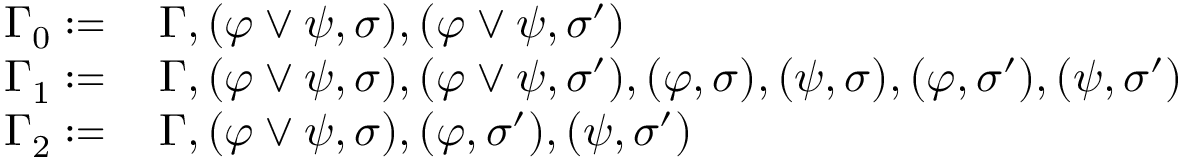
\begin{array} { r l } { \Gamma _ { 0 } \coloneq \, } & { \Gamma , ( \varphi \vee \psi , \sigma ) , ( \varphi \vee \psi , \sigma ^ { \prime } ) } \\ { \Gamma _ { 1 } \coloneq \, } & { \Gamma , ( \varphi \vee \psi , \sigma ) , ( \varphi \vee \psi , \sigma ^ { \prime } ) , ( \varphi , \sigma ) , ( \psi , \sigma ) , ( \varphi , \sigma ^ { \prime } ) , ( \psi , \sigma ^ { \prime } ) } \\ { \Gamma _ { 2 } \coloneq \, } & { \Gamma , ( \varphi \vee \psi , \sigma ) , ( \varphi , \sigma ^ { \prime } ) , ( \psi , \sigma ^ { \prime } ) } \end{array}